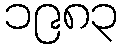
၁၉၈၃